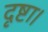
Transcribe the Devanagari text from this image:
दृष्टा।